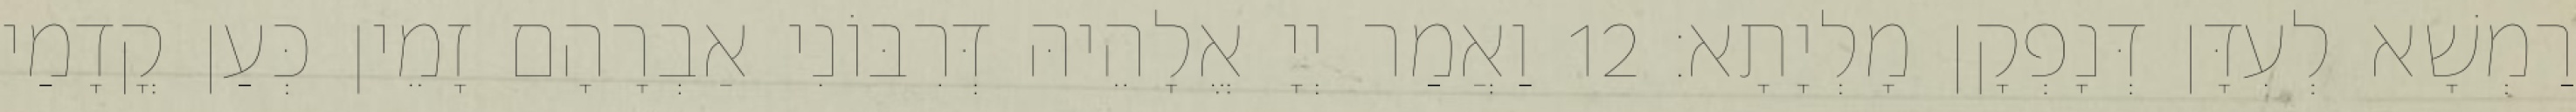
רַמְשָׁא לְעִדָּן דְּנָפְקָן מָלְיָתָא׃ 12 וַאֲמַר יְיָ אֱלָהֵיהּ דְּרִבּוֹנִי אַבְרָהָם זָמֵין כְּעַן קֳדָמַי